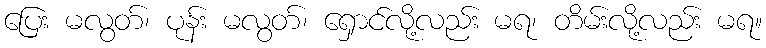
ပြေး မလွတ်၊ ပုန်း မလွတ်၊ ရှောင်လို့လည်း မရ၊ တိမ်းလို့လည်း မရ။